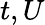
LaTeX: t,U